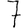
Digit: 7